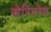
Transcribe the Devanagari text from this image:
सेरिटोस